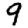
Digit: 9